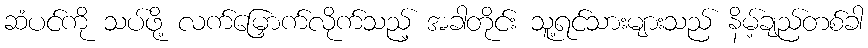
ဆံပင်ကို သပ်ဖို့ လက်မြှောက်လိုက်သည့် အခါတိုင်း သူ့ရင်သားများသည် နိမ့်ချည်တစ်ခါ